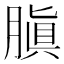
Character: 䐜